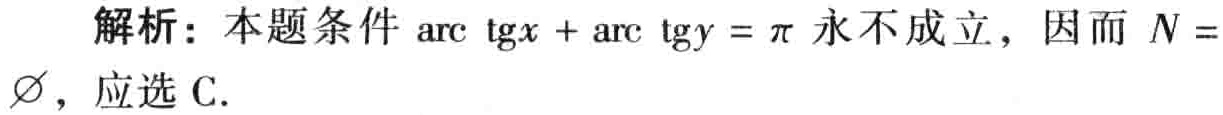
解析：本题条件\(\mathrm{arc}\ \mathrm{tg}x + \mathrm{arc}\ \mathrm{tg}y = \pi\)永不成立，因而 \(N = \varnothing\)，应选 C.